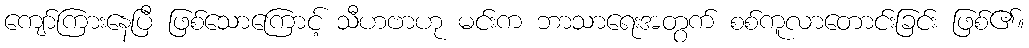
ကျော်ကြားနေပြီ ဖြစ်သောကြောင့် သီဟဗာဟု မင်းက ဘာသာရေးအတွက် စစ်ကူလာတောင်းခြင်း ဖြစ်၏။